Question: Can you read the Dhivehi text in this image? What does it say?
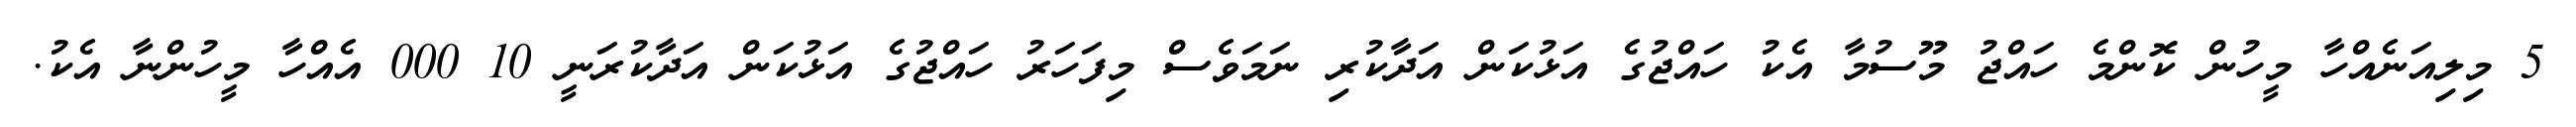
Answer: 5 މިލިއަނެއްހާ މީހުން ކޮންމެ ހައްޖު މޫސުމާ އެކު ހައްޖުގެ އަޅުކަން އަދާކުރި ނަމަވެސް މިފަހަރު ހައްޖުގެ އަޅުކަން އަދާކުރަނީ 10 000 އެއްހާ މީހުންނާ އެކު.